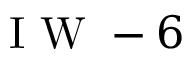
\mathrm { ~ I ~ W ~ } - 6